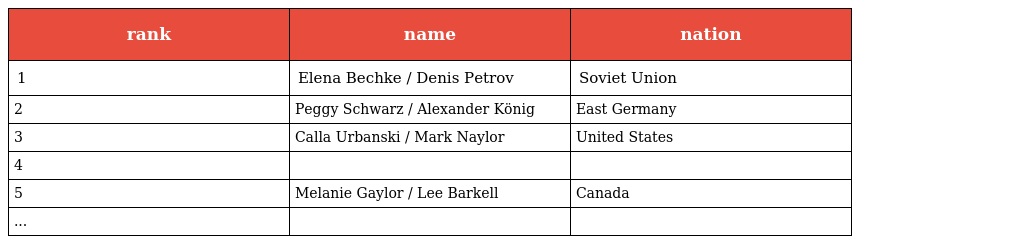
| rank | name | nation |
 | --- | --- | --- |
 | 1 | Elena Bechke / Denis Petrov | Soviet Union |
 | 2 | Peggy Schwarz / Alexander König | East Germany |
 | 3 | Calla Urbanski / Mark Naylor | United States |
 | 4 |  |  |
 | 5 | Melanie Gaylor / Lee Barkell | Canada |
 | ... |  |  |